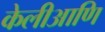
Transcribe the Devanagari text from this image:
केलीआणि